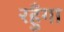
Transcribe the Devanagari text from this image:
रहुँगा